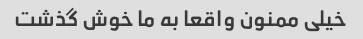
خیلی ممنون واقعا به ما خوش گذشت